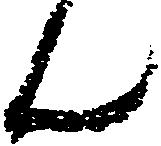
ん